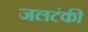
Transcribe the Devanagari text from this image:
जलटंकी